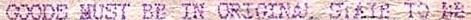
GOODS MUST BE IN ORIGINAL STATE TO BE